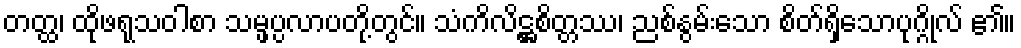
တတ္ထ၊ ထိုဖရုသဝါစာ သမ္ဖပ္ပလာပတို့တွင်။ သံကိလိဋ္ဌစိတ္တဿ၊ ညစ်နွမ်းသော စိတ်ရှိသောပုဂ္ဂိုလ် ၏။